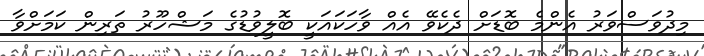
މިދުވަސްވަރު އެންމެ ބޮޑަށް ދެކެވޭ އެއް ވާހަކައަކީ ބޮލީވުޑުގެ މަޝްހޫރު ތަރިން ކަމަށްވާ